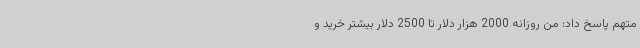
متهم پاسخ داد: من روزانه 2000 هزار دلار تا 2500 دلار بیشتر خرید و